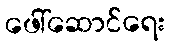
ဖေါ်ဆောင်ရေး